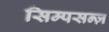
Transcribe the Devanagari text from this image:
सिम्पसन्ज़